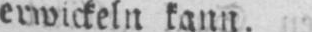
erwickeln kann.